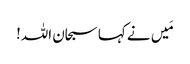
مَیں نے کہا سبحان اللہ!